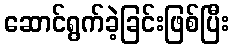
ဆောင်ရွက်ခဲ့ခြင်းဖြစ်ပြီး